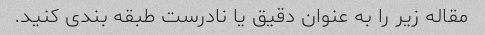
مقاله زیر را به عنوان دقیق یا نادرست طبقه بندی کنید.